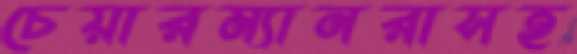
চেয়ারম্যানরাসহ